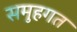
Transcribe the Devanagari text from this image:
समुहगत